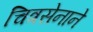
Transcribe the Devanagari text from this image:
चित्रसेनाने